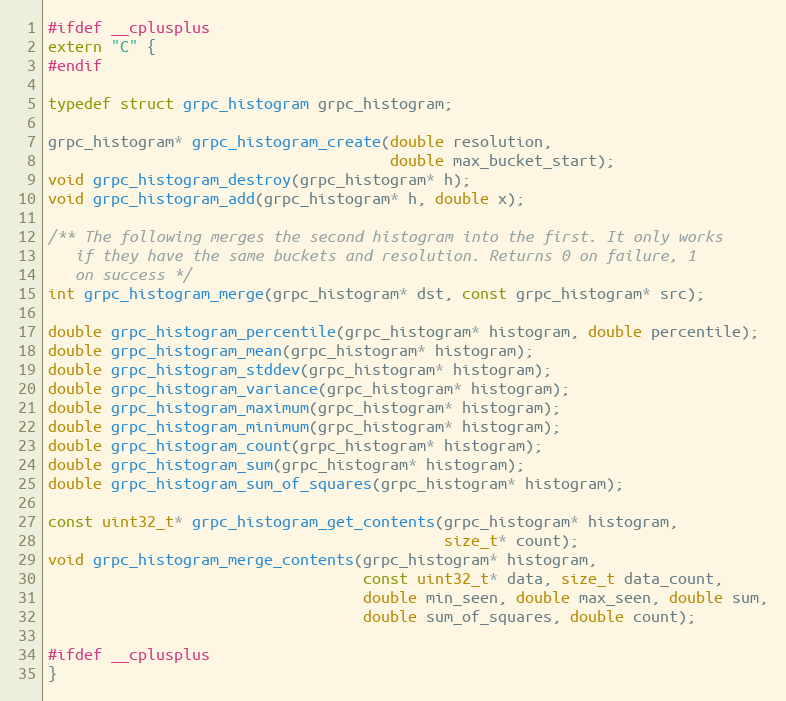
Language: C
#ifdef __cplusplus
extern "C" {
#endif

typedef struct grpc_histogram grpc_histogram;

grpc_histogram* grpc_histogram_create(double resolution,
                                      double max_bucket_start);
void grpc_histogram_destroy(grpc_histogram* h);
void grpc_histogram_add(grpc_histogram* h, double x);

/** The following merges the second histogram into the first. It only works
   if they have the same buckets and resolution. Returns 0 on failure, 1
   on success */
int grpc_histogram_merge(grpc_histogram* dst, const grpc_histogram* src);

double grpc_histogram_percentile(grpc_histogram* histogram, double percentile);
double grpc_histogram_mean(grpc_histogram* histogram);
double grpc_histogram_stddev(grpc_histogram* histogram);
double grpc_histogram_variance(grpc_histogram* histogram);
double grpc_histogram_maximum(grpc_histogram* histogram);
double grpc_histogram_minimum(grpc_histogram* histogram);
double grpc_histogram_count(grpc_histogram* histogram);
double grpc_histogram_sum(grpc_histogram* histogram);
double grpc_histogram_sum_of_squares(grpc_histogram* histogram);

const uint32_t* grpc_histogram_get_contents(grpc_histogram* histogram,
                                            size_t* count);
void grpc_histogram_merge_contents(grpc_histogram* histogram,
                                   const uint32_t* data, size_t data_count,
                                   double min_seen, double max_seen, double sum,
                                   double sum_of_squares, double count);

#ifdef __cplusplus
}